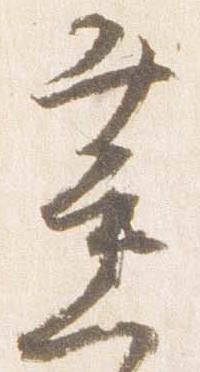
薫